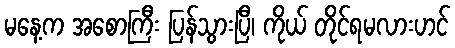
မနေ့က အစောကြီး ပြန်သွားပြီ၊ ကိုယ် တိုင်ရမလားဟင်